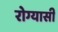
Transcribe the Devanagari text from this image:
रोग्यासी